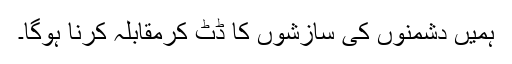
ہمیں دشمنوں کی سازشوں کا ڈٹ کرمقابلہ کرنا ہوگا۔